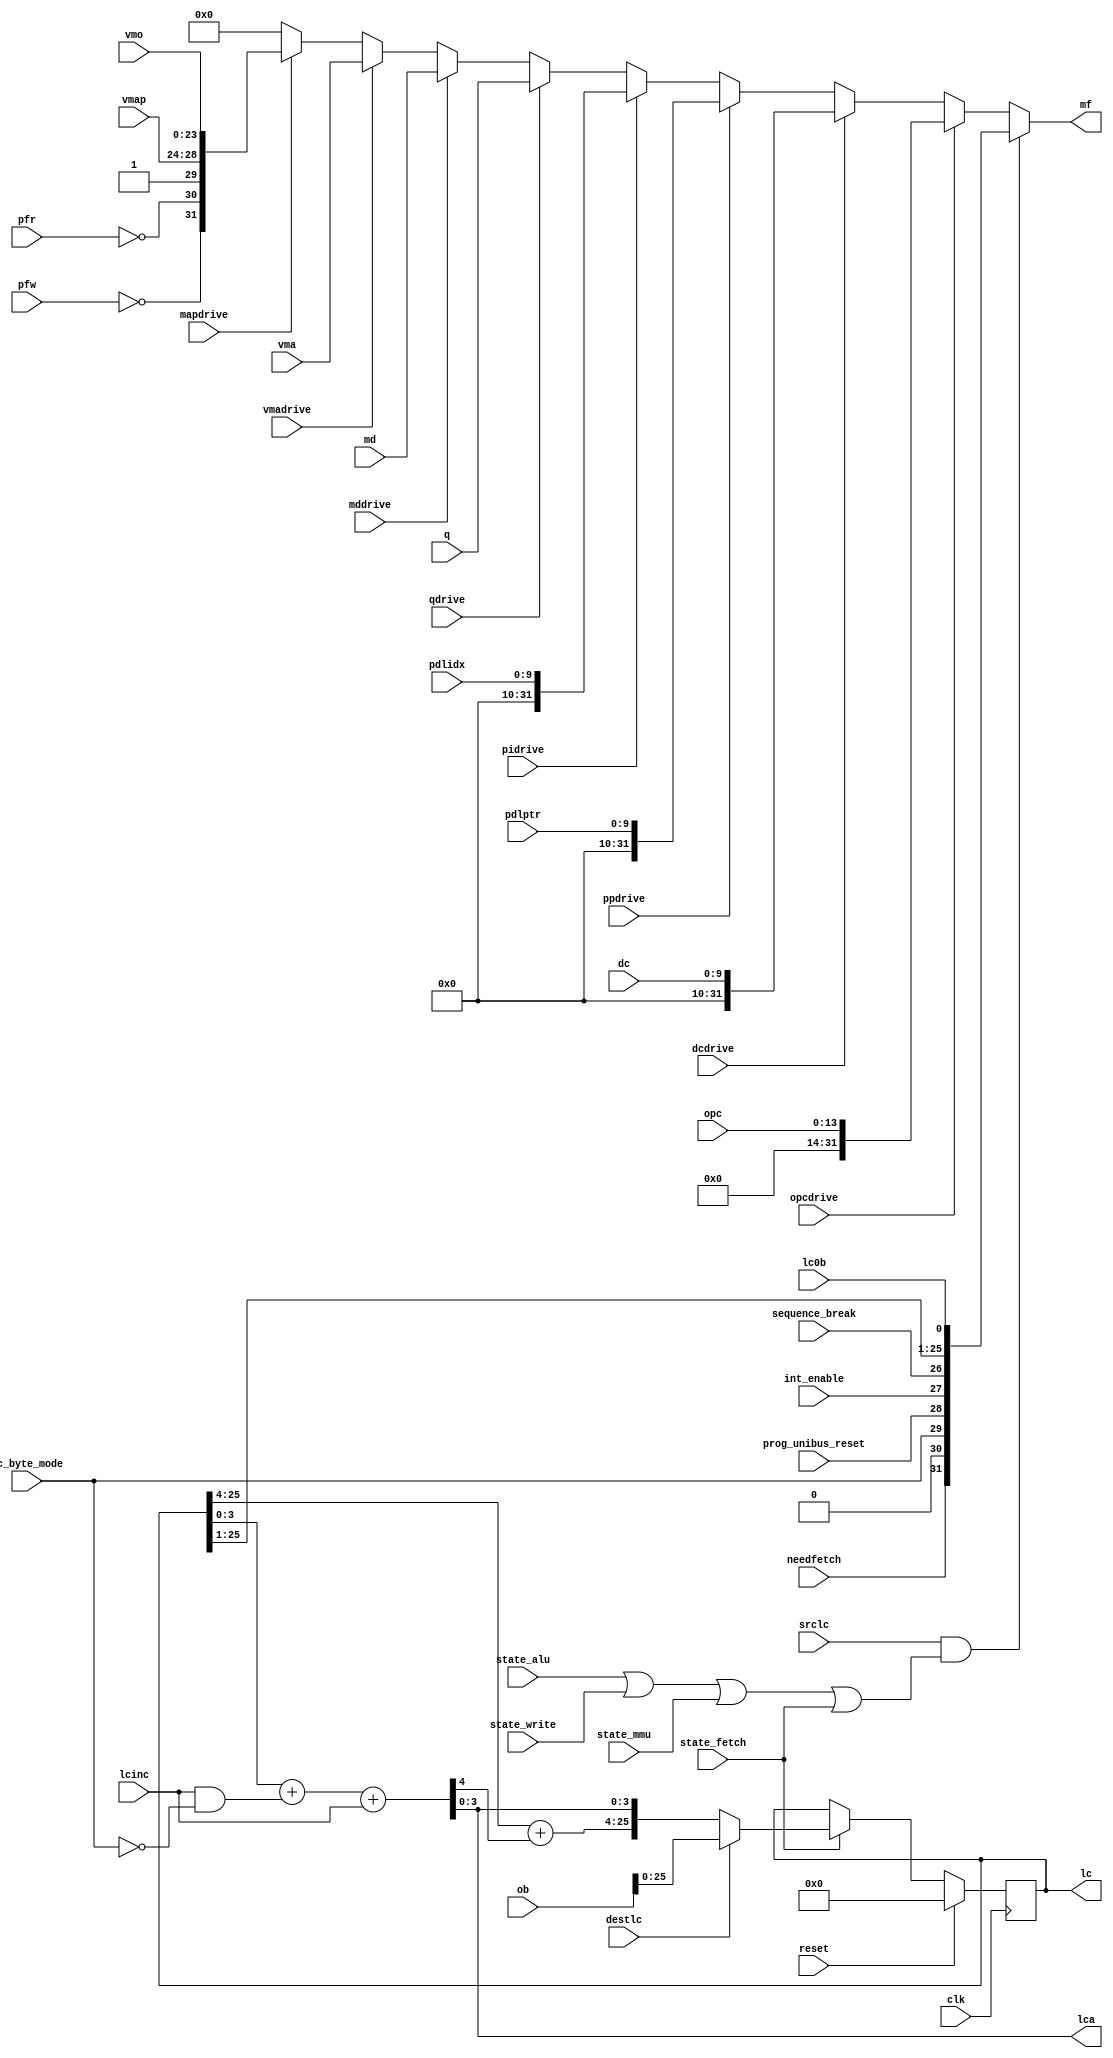
// LC --- LOCATION COUNTER
//
// ---!!! Add description.
//
// History:
//
//   (20YY-MM-DD HH:mm:ss BRAD) Converted to Verilog.
//	???: Nets added.
//	???: Nets removed.
//   (1978-05-08 07:09:38 TK) Initial.

`timescale 1ns/1ps
`default_nettype none

module LC(/*AUTOARG*/
   // Outputs
   lc, mf, lca,
   // Inputs
   clk, reset, state_alu, state_fetch, state_mmu, state_write, opc,
   vmo, md, ob, q, vma, vmap, dc, pdlidx, pdlptr, dcdrive, destlc,
   int_enable, lc0b, lc_byte_mode, lcinc, mapdrive, mddrive,
   needfetch, opcdrive, pfr, pfw, pidrive, ppdrive, prog_unibus_reset,
   qdrive, sequence_break, srclc, vmadrive
   );

   input clk;
   input reset;

   input state_alu;
   input state_fetch;
   input state_mmu;
   input state_write;

   input [13:0] opc;
   input [23:0] vmo;
   input [31:0] md;
   input [31:0] ob;
   input [31:0] q;
   input [31:0] vma;
   input [4:0] vmap;
   input [9:0] dc;
   input [9:0] pdlidx;
   input [9:0] pdlptr;
   input dcdrive;
   input destlc;
   input int_enable;
   input lc0b;
   input lc_byte_mode;
   input lcinc;
   input mapdrive;
   input mddrive;
   input needfetch;
   input opcdrive;
   input pfr;
   input pfw;
   input pidrive;
   input ppdrive;
   input prog_unibus_reset;
   input qdrive;
   input sequence_break;
   input srclc;
   input vmadrive;
   output [25:0] lc;
   output [31:0] mf;

   ////////////////////////////////////////////////////////////////////////////////

   reg [25:0] lc;
   output [3:0] lca; // ---!!! This can't be a wire for whatever reason...
   wire lcdrive;
   wire lcry3;

   ////////////////////////////////////////////////////////////////////////////////

   always @(posedge clk)
     if (reset)
       lc <= 0;
     else if (state_fetch) begin
	if (destlc)
	  lc <= {ob[25:4], ob[3:0]};
	else
	  lc <= {lc[25:4] + { 21'b0, lcry3}, lca[3:0] };
     end

   assign {lcry3, lca[3:0]} = lc[3:0] + {3'b0, lcinc & ~lc_byte_mode} + {3'b0, lcinc};
   assign lcdrive = srclc && (state_alu || state_write || state_mmu || state_fetch);
   assign mf =
	      lcdrive ? {needfetch, 1'b0, lc_byte_mode, prog_unibus_reset, int_enable, sequence_break, lc[25:1], lc0b} :
	      opcdrive ? {16'b0, 2'b0, opc[13:0]} :
	      dcdrive ? {16'b0, 4'b0, 2'b0, dc[9:0]} :
	      ppdrive ? {16'b0, 4'b0, 2'b0, pdlptr[9:0]} :
	      pidrive ? {16'b0, 4'b0, 2'b0, pdlidx[9:0]} :
	      qdrive ? q :
	      mddrive ? md :
	      vmadrive ? vma :
	      mapdrive ? {~pfw, ~pfr, 1'b1, vmap[4:0], vmo[23:0]} :
	      32'b0;

endmodule

`default_nettype wire

// Local Variables:
// verilog-library-directories: ("..")
// End: